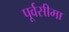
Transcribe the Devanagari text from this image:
पूर्वसीमा